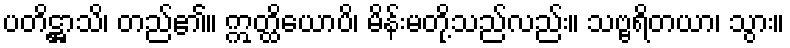
ပတိဋ္ဌာသိ၊ တည်၏။ ဣတ္ထိယောပိ၊ မိန်းမတို့သည်လည်း။ သဗ္ဗရိတယာ၊ သွား။